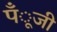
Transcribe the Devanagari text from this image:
पँूजी